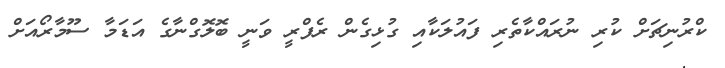
ކްރުނިޗަށް ކުރި ނުރައްކާތެރި ފައުލަކާއި ގުޅިގެން ރެފްރީ ވަނީ ބޮލޮގްނާގެ އަޑަމާ ސޫމާރޯއަށް